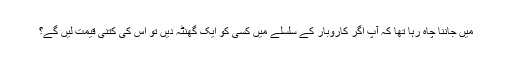
میں جاننا چاہ رہا تھا کہ آپ اگر کاروبار کے سلسلے میں کسی کو ایک گھنٹہ دیں تو اس کی کتنی قیمت لیں گے؟